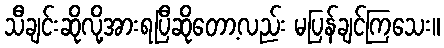
သီချင်းဆိုလို့အားရပြီဆိုတော့လည်း မပြန်ချင်ကြသေး။